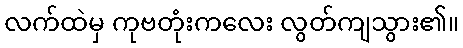
လက်ထဲမှ ကုဗတုံးကလေး လွတ်ကျသွား၏။